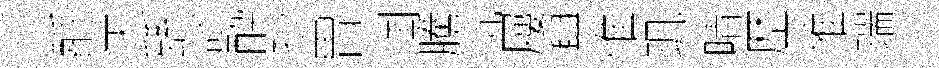
酹天繇謬酔抄胃润騰沆屨興惟㺬晴歴帷瑞